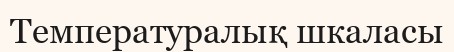
Температуралық шкаласы